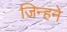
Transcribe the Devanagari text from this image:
जिन्हने